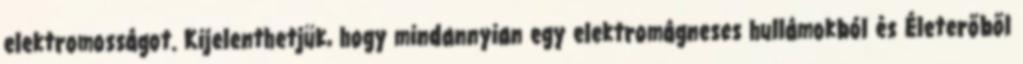
elektromosságot. Kijelenthetjük, hogy mindannyian egy elektromágneses hullámokból és Életerőből